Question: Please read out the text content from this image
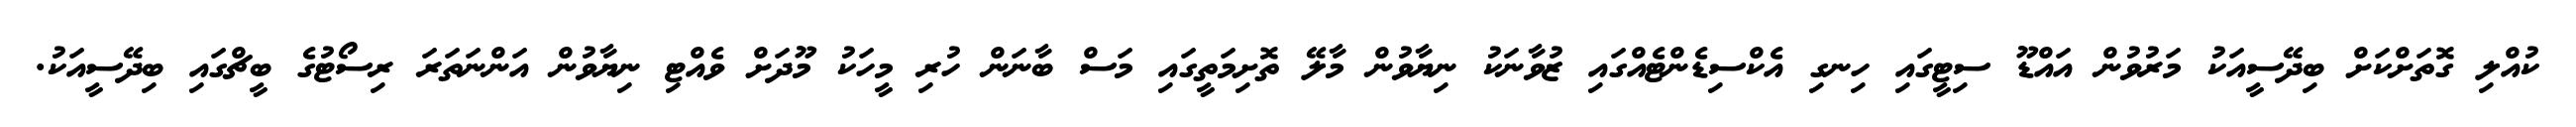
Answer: ކުއްލި ގޮތަށްކަށް ބިދޭސީއަކު މަރުވުން އައްޑޫ ސިޓީގައި ހިނގި އެކްސިޑެންޓެއްގައި ޒުވާނަކު ނިޔާވުން މާލޭ ތޮށިމަތީގައި މަސް ބާނަން ހުރި މީހަކު މޫދަށް ވެއްޓި ނިޔާވުން އަންނަތަރަ ރިސޯޓުގެ ބީޗްގައި ބިދޭސީއަކު.